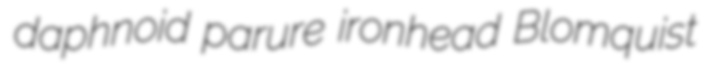
daphnoid parure ironhead Blomquist